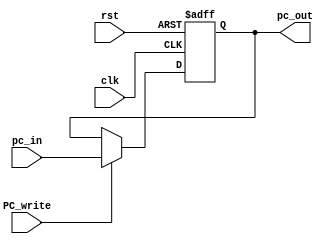
module ProgramCounter(clk,rst,PC_write,pc_in,pc_out);
input clk,rst,PC_write;
input [31:0] pc_in;
output reg [31:0] pc_out;
always @ (posedge clk or posedge rst) begin
	if (rst) begin
		pc_out <= 32'd0;
	end
	else if (PC_write) begin
		pc_out <= pc_in;
	end
end
endmodule